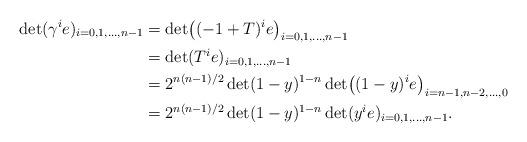
LaTeX: \begin{align*}\det(\gamma^i e)_{i=0,1,\dotsc,n-1} &= \det\bigl((-1+T)^i e\bigr)_{i=0,1,\dotsc,n-1}\\&= \det(T^i e)_{i=0,1,\dotsc,n-1}\\&= 2^{n(n-1)/2} \det(1-y)^{1-n} \det\bigl((1-y)^i e\bigr)_{i = n-1,n-2,\dotsc,0}\\&= 2^{n(n-1)/2}\det(1-y)^{1-n}\det(y^i e)_{i=0,1,\dotsc,n-1}.\end{align*}